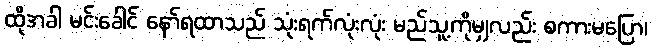
ထိုအခါ မင်းခေါင် နော်ရထာသည် သုံးရက်လုံးလုံး မည်သူ့ကိုမျှလည်း စကားမပြော၊